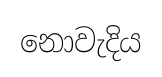
නොවැදිය